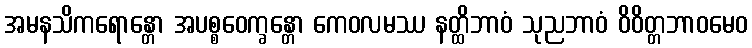
အမနသိကရောန္တော အပစ္စဝေက္ခန္တော ကေဝလမဿ နတ္ထိဘာဝံ သုညဘာဝံ ဝိဝိတ္တဘာဝမေဝ